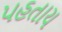
પહતાય